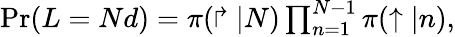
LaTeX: \begin{array}{r}{\operatorname*{Pr}(L=Nd)=\pi(\Rsh|N)\prod_{n=1}^{N-1}\pi(\uparrow|n),}\end{array}